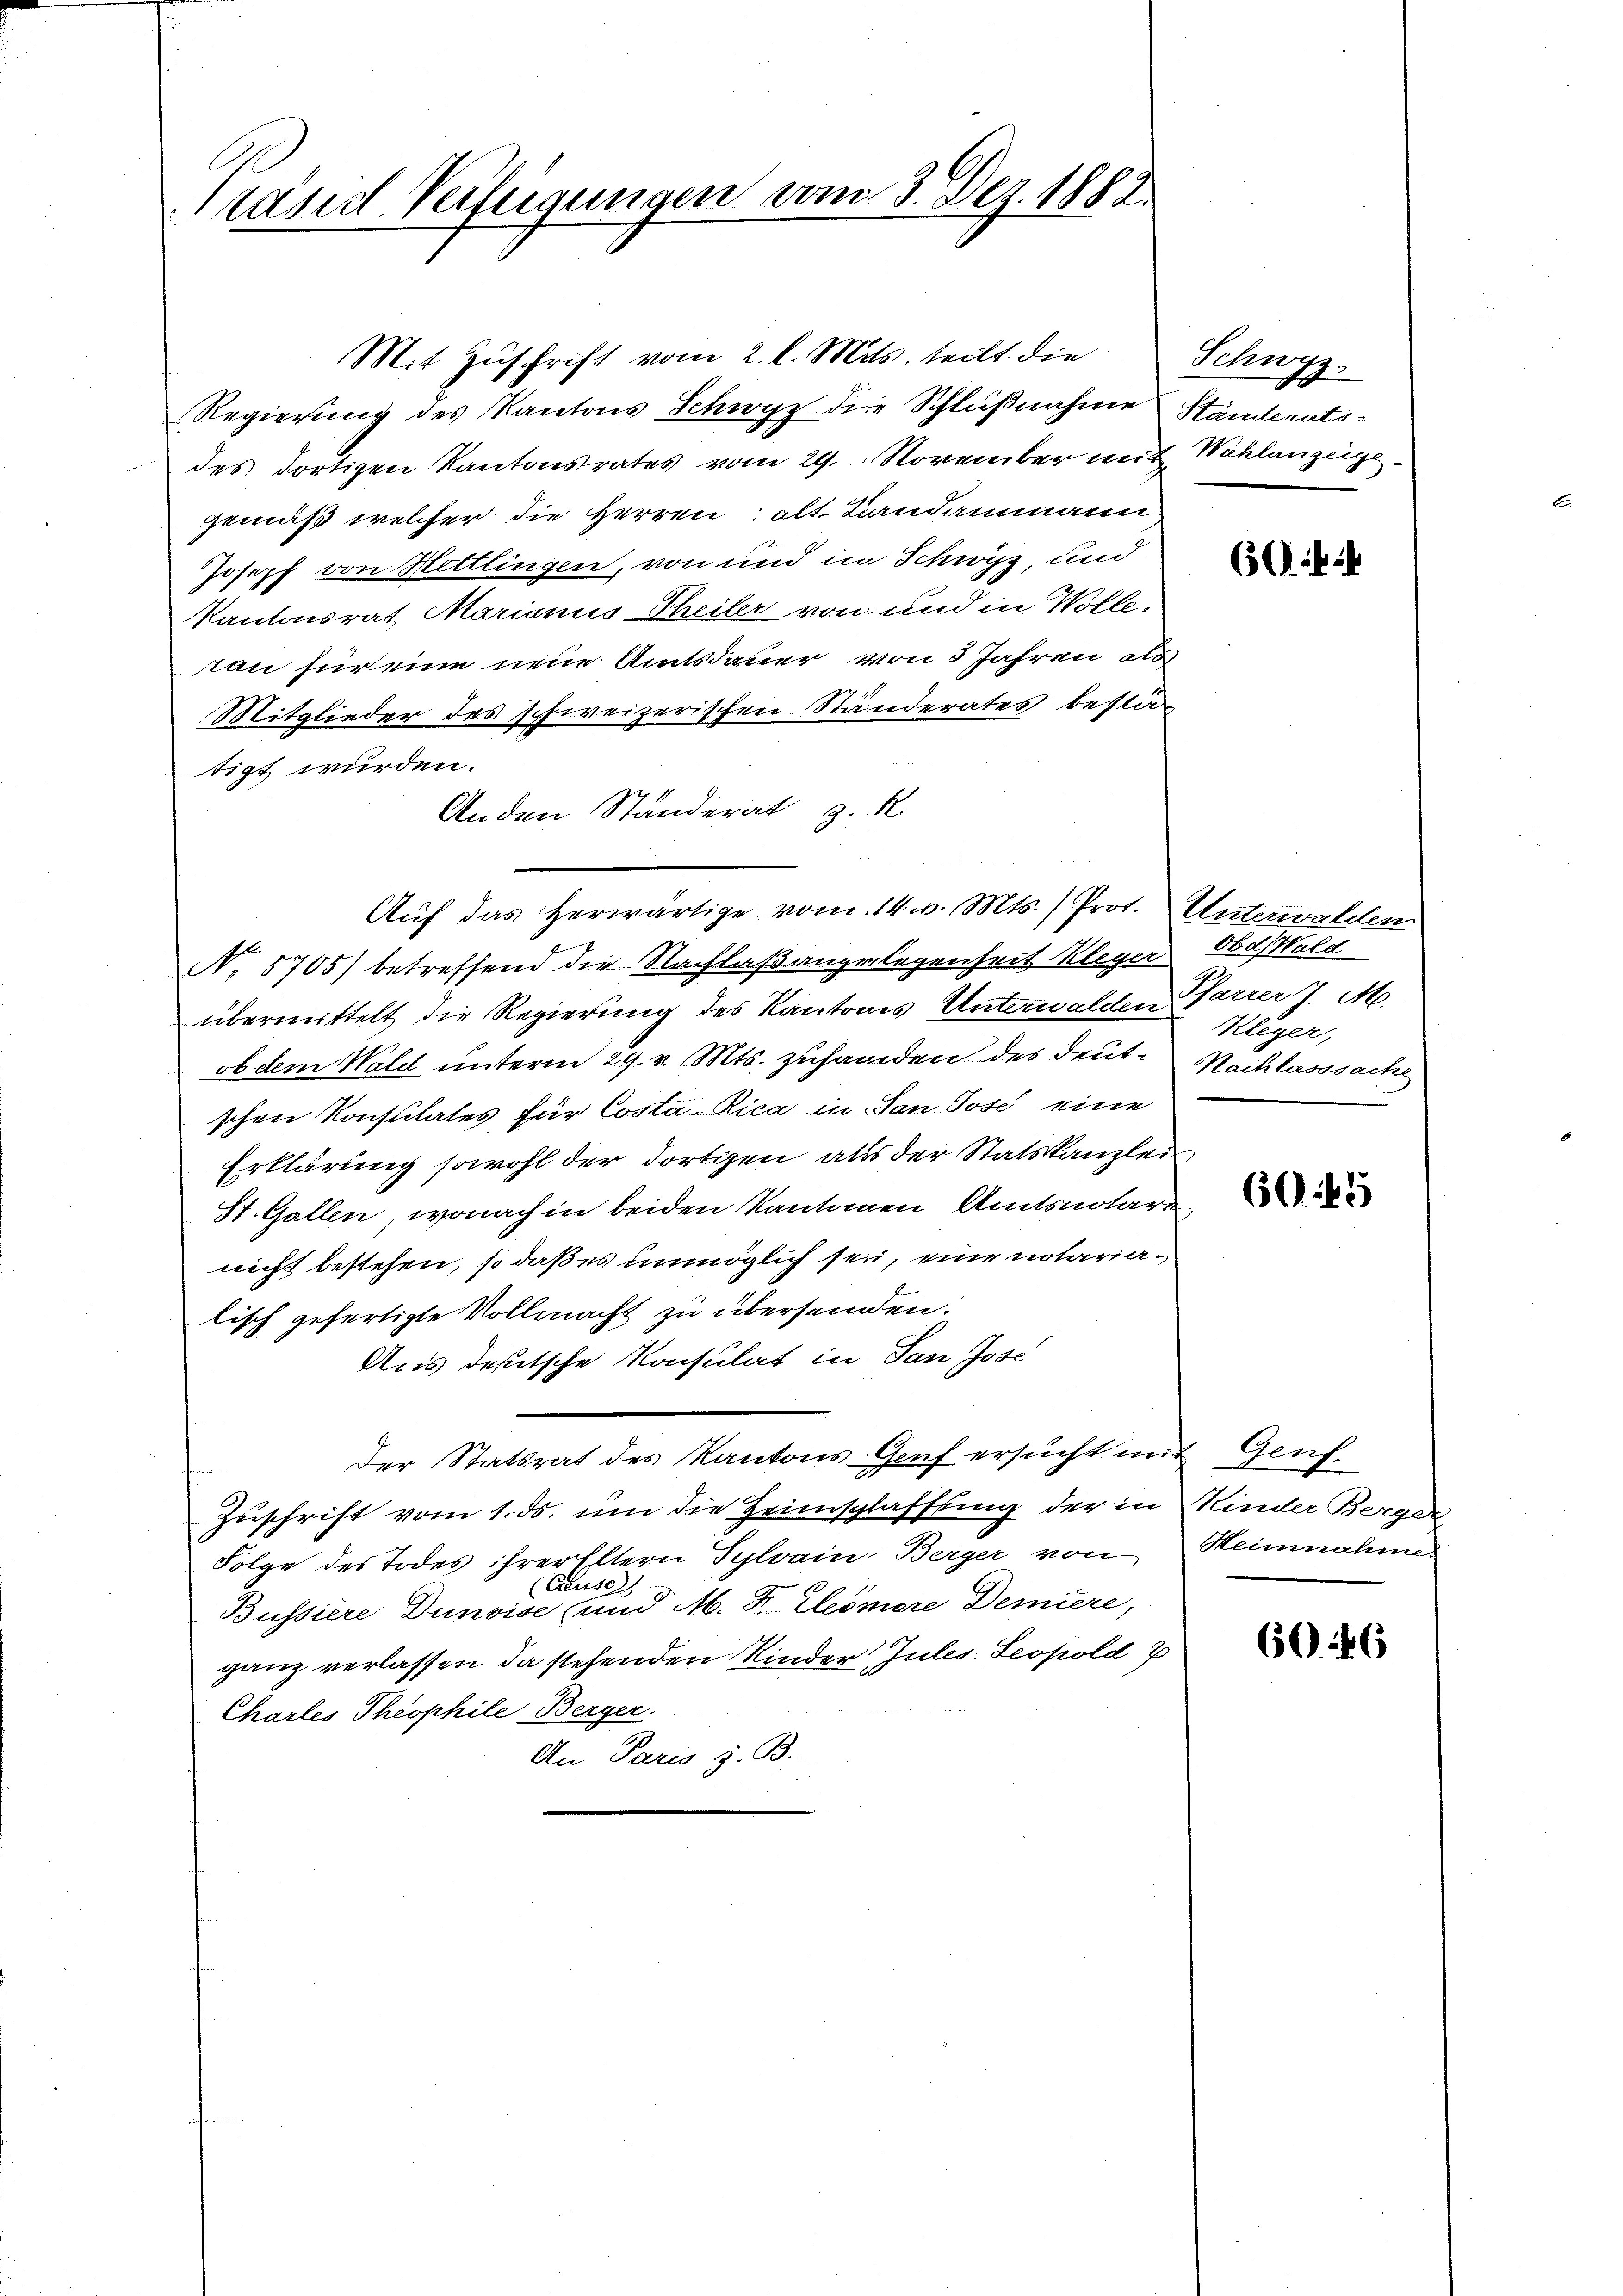
Präsid Verfügungen vom 3. Dez. 1882.

Mit Zuschrift vom 2. l. Mits. teilt die
Regierung des Kantons Schwyz die Schlußnahme Ständerats-
des dortigen Kantonsrates vom 29. November mit Wahlanzeigegemäß welcher die Herren alt. Landammann
Joseph von Hettlingen, von und in Schwyz, und
Kantonsrat Marianus Theiler von und in Wolle,
ton für eine neue Amtsdauer von 3 Jahren als
Mitglieder des schweizerischen Ständerates bestatigt wurden.
Anden Ständerat z. R.
Auf das herwärtige vom 14. v. Mts.) Prot.
N. 5705) betreffend die Nachlaßangelegenheit Kleger Obdsald
übermittelt die Regierung des Kantons Unterwalden Farrer J. M.
ob. dem Wold unterm 29. v. Mts. zuhanden des deutschen Konsulates für Costa-Rica in San Jose eine
Erklärung sowohl der dortigen aus der Statskanzlei
St. Gallen, wonach in beiden Kantonen Amtsnotari
nicht bestehen, so daß es unmöglich sei, eine notarialisch gefertigte Vollmacht zu übersenden.
Aus deßetsche Konsulat in San Jose
Der Statsrat des Kantons Genf ersucht mit Genf
Zuschrift vom 1. ds. um die Heimschlafstung der in Kinder Berger
Folge des Todes ihrer Eltern Sclrain Berger von
Ause
Bussiere Dunvise und M. D. Cleömore Demiere,
ganz verlassen, da stehenden Kinder Jules. Leopold 2
Charles Theophile Berger.
An Paris z. B.

Schwy
7.
2

6

Unterwalden
Kleger,
Nachlasssache

60.45

Heinnahme.

6046